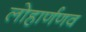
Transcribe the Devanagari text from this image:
लोहार्णणव